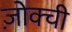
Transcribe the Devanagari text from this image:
ज़ोक्ची